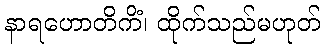
နာရဟောတိကိံ၊ ထိုက်သည်မဟုတ်